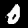
Digit: 0